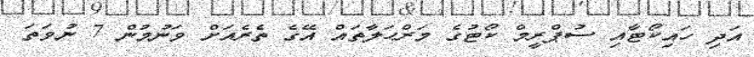
އަދި ހައިކޯޓާއި ސުޕްރީމް ކޯޓުގެ މަރްޙަލާތައް އޭގެ ތެރެއަށް ވަނުމުން 7 ނުވަތަ